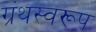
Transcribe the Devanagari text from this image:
ग्रंथस्वरूप